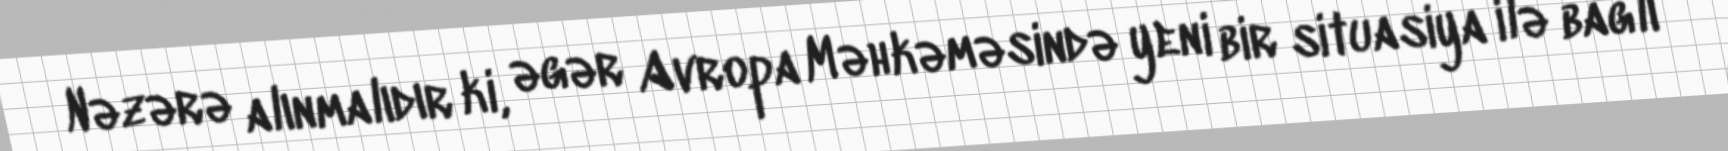
Nəzərə alınmalıdır ki, əgər Avropa Məhkəməsində yeni bir situasiya ilə bağlı